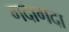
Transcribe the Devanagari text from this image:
गदागदा